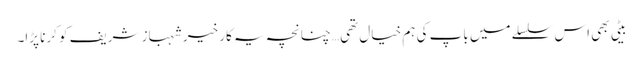
بیٹی بھی اس سلسلے میں باپ کی ہم خیال تھی… چنانچہ یہ کارِ خیر شہباز شریف کو کرنا پڑا۔